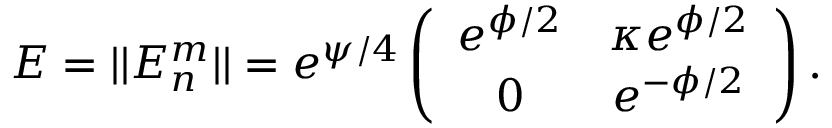
{ \cal E } = | | { \cal E } _ { n } ^ { m } | | = e ^ { \psi / 4 } \left( \begin{array} { c c } { { e ^ { \phi / 2 } } } & { { \kappa e ^ { \phi / 2 } } } \\ { { 0 } } & { { e ^ { - \phi / 2 } } } \end{array} \right) .